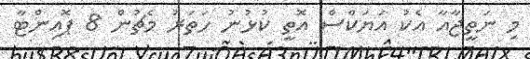
މި ނަތީޖާއާ އެކު އަޔަކްސް އޮތީ ކުޅުނު ހަތަރު މެޗުން 8 ޕޮއިންޓާ